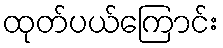
ထုတ်ပယ်ကြောင်း